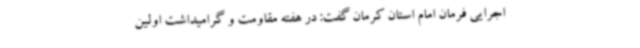
اجرایی فرمان امام استان کرمان گفت: در هفته مقاومت و گرامیداشت اولین